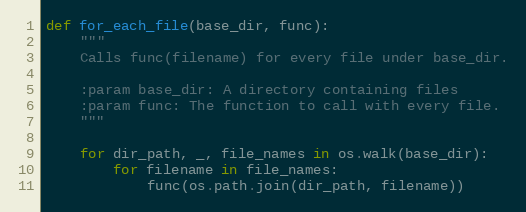
Language: Python
def for_each_file(base_dir, func):
    """
    Calls func(filename) for every file under base_dir.

    :param base_dir: A directory containing files
    :param func: The function to call with every file.
    """

    for dir_path, _, file_names in os.walk(base_dir):
        for filename in file_names:
            func(os.path.join(dir_path, filename))